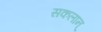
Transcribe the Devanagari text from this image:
सकलान्